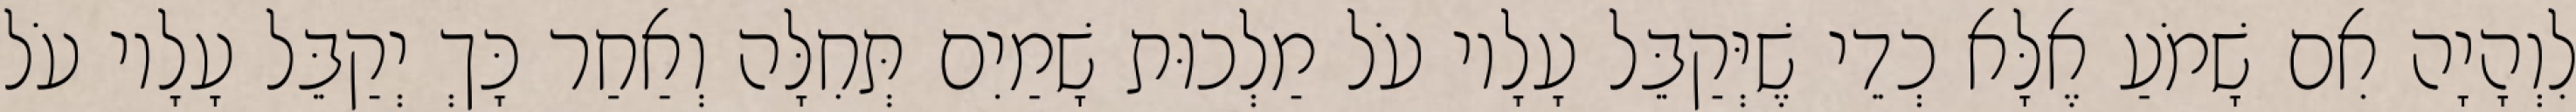
לִוְהָיָה אִם שָׁמֹעַ אֶלָּא כְדֵי שֶׁיְּקַבֵּל עָלָיו עֹל מַלְכוּת שָׁמַיִם תְּחִלָּה וְאַחַר כָּךְ יְקַבֵּל עָלָיו עֹל